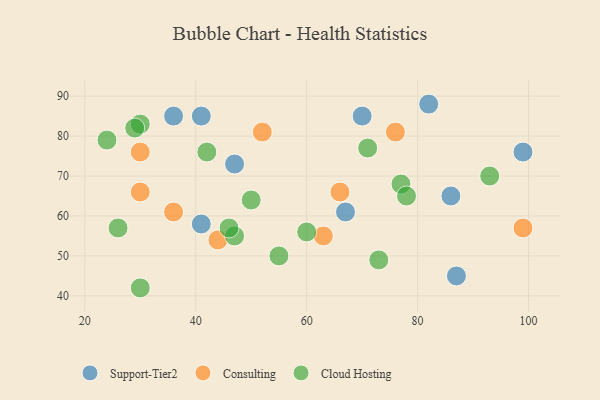
{"axis": {"x": "GDP", "y": "Life Expectancy"}, "legend": ["Cloud Hosting", "Consulting", "Support-Tier2"], "data": [{"x": "36", "y": 85, "type": "Support-Tier2"}, {"x": "86", "y": 65, "type": "Support-Tier2"}, {"x": "82", "y": 88, "type": "Support-Tier2"}, {"x": "99", "y": 76, "type": "Support-Tier2"}, {"x": "41", "y": 58, "type": "Support-Tier2"}, {"x": "47", "y": 73, "type": "Support-Tier2"}, {"x": "41", "y": 85, "type": "Support-Tier2"}, {"x": "87", "y": 45, "type": "Support-Tier2"}, {"x": "70", "y": 85, "type": "Support-Tier2"}, {"x": "67", "y": 61, "type": "Support-Tier2"}, {"x": "30", "y": 76, "type": "Consulting"}, {"x": "76", "y": 81, "type": "Consulting"}, {"x": "52", "y": 81, "type": "Consulting"}, {"x": "30", "y": 66, "type": "Consulting"}, {"x": "36", "y": 61, "type": "Consulting"}, {"x": "44", "y": 54, "type": "Consulting"}, {"x": "63", "y": 55, "type": "Consulting"}, {"x": "99", "y": 57, "type": "Consulting"}, {"x": "66", "y": 66, "type": "Consulting"}, {"x": "60", "y": 56, "type": "Cloud Hosting"}, {"x": "47", "y": 55, "type": "Cloud Hosting"}, {"x": "30", "y": 83, "type": "Cloud Hosting"}, {"x": "30", "y": 42, "type": "Cloud Hosting"}, {"x": "73", "y": 49, "type": "Cloud Hosting"}, {"x": "77", "y": 68, "type": "Cloud Hosting"}, {"x": "42", "y": 76, "type": "Cloud Hosting"}, {"x": "50", "y": 64, "type": "Cloud Hosting"}, {"x": "78", "y": 65, "type": "Cloud Hosting"}, {"x": "26", "y": 57, "type": "Cloud Hosting"}, {"x": "93", "y": 70, "type": "Cloud Hosting"}, {"x": "71", "y": 77, "type": "Cloud Hosting"}, {"x": "55", "y": 50, "type": "Cloud Hosting"}, {"x": "46", "y": 57, "type": "Cloud Hosting"}, {"x": "24", "y": 79, "type": "Cloud Hosting"}, {"x": "29", "y": 82, "type": "Cloud Hosting"}]}